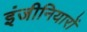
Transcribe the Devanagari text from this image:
इंजीनियारों